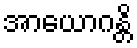
အာယောဂန္တိ